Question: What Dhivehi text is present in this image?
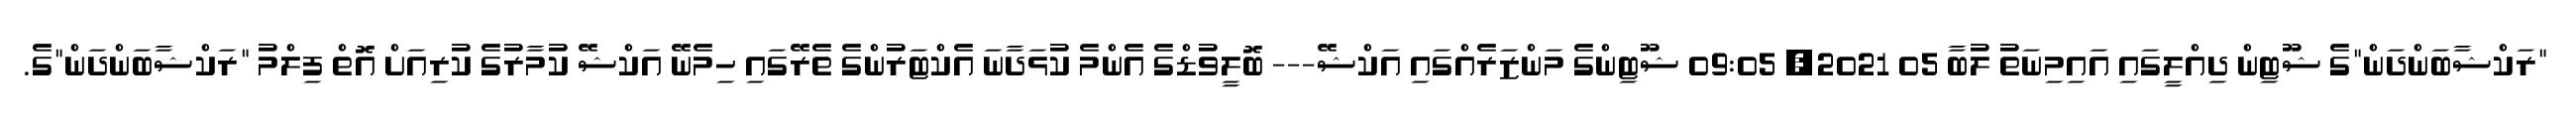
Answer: "ރަކްޝާބަންދަން"ގެ ޝޫޓިން ދިއްލީގައި އައިމިނަތު ލުބާ 05 2021, 09:05 ޝޫޓިންގެ މަންޒަރެއްގައި އަކްޝޭ--- ބޮލީވުޑްގެ އެންމެ ކުޅަދާނަ އެކްޓަރުންގެ ތެރޭގައި ހިމެނޭ އަކްޝޭ ކުމާރުގެ ކުރިއަށް އޮތް ފިލްމު "ރަކްޝާބަންދަން"ގެ.